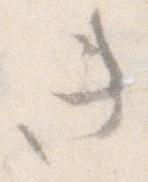
き